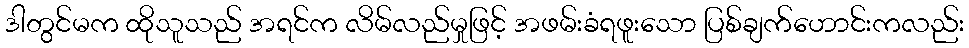
ဒါတွင်မက ထိုသူသည် အရင်က လိမ်လည်မှုဖြင့် အဖမ်းခံရဖူးသော ပြစ်ချက်ဟောင်းကလည်း